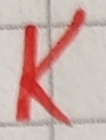
Text: K